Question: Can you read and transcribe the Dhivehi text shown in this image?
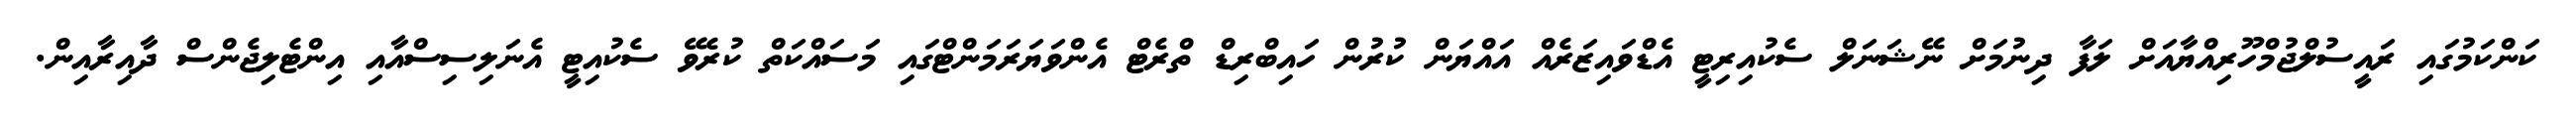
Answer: ކަންކަމުގައި ރައީސުލްޖުމްހޫރިއްޔާއަށް ލަފާ ދިނުމަށް ނޭޝަނަލް ސެކުއިރިޓީ އެޑްވައިޒަރެއް އައްޔަން ކުރުން ހައިބްރިޑް ތްރެޓް އެންވަޔަރަމަންޓްގައި މަސައްކަތް ކުރެވޭ ސެކުއިޓީ އެނަލިސިސްއާއި އިންޓެލިޖެންސް ދާއިރާއިން.